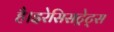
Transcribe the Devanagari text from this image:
है।इरेसिसट्रेट्स